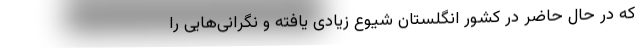
که در حال حاضر در کشور انگلستان شیوع زیادی یافته و نگرانی‌هایی را